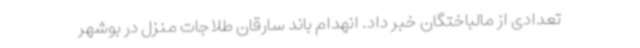
تعدادی از مالباختگان خبر داد. انهدام باند سارقان طلاجات منزل در بوشهر